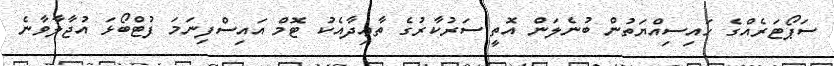
ސަޕޯޓަރެއްގެ ހައިސިއްޔަތުން ބުނެލަން އޮތީ ސަރުކާރުގެ ތާޢިދާއެކު ޓޮމް އައިސްފިނަމަ ފުޓްބޯޅަ އުޖާލާވާނެ